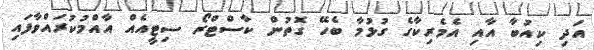
އަދި ކިއުބާ އާއި އެމެރިކާގެ ގުޅުމާ ބެހޭ ގޮތުން ކާސްޓްރޯ ސިޓީއެއް އާއްމުކުރައްވާފަައި